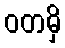
ဝတမှိ